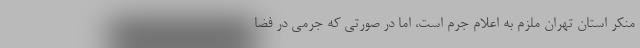
منکر استان تهران ملزم به اعلام جرم است، اما در صورتی که جرمی در فضا